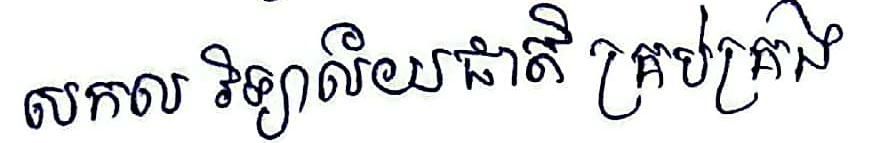
សកល វិទ្យាល័យជាតិ គ្រប់គ្រង